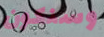
وسنكون